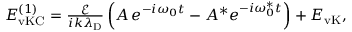
\begin{array} { r } { E _ { \mathrm { v K C } } ^ { ( 1 ) } = \frac { \mathcal { E } } { i k \lambda _ { \mathrm { D } } } \left( A \, e ^ { - i \omega _ { 0 } t } - A ^ { * } e ^ { - i \omega _ { 0 } ^ { * } t } \right) + E _ { \mathrm { v K } } , } \end{array}